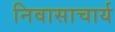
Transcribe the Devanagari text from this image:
निवासाचार्य